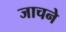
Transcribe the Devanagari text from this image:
जाचने